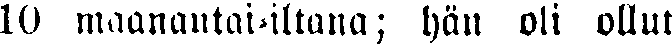
10 maanantai-iltana; hän oli ollut